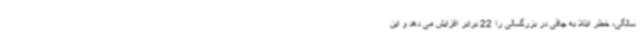
سالگی، خطر ابتلا به چاقی در بزرگسالی را 22 برابر افزایش می دهد و این